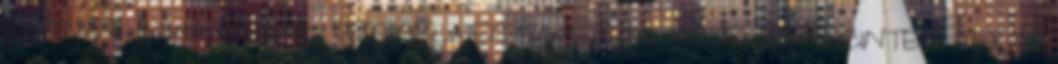
Judit 2012. november 15-17. SEMMELWEIS EGYETEM, KÖTELEZŐ SZINTEN TARTÓ